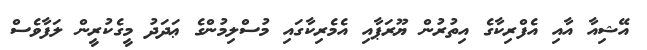
އޭޝިއާ އާއި އެފްރިކާގެ އިތުރުން ޔޫރަޕާއި އެމެރިކާގައި މުސްލިމުންގެ ޢަދަދު މީގެކުރީން ލަފާވެސް